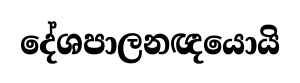
දේශපාලනඥයොයි